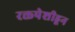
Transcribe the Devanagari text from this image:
रक्तपेशीहून